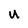
Character: U